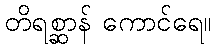
တိရစ္ဆာန် ကောင်ရေ။